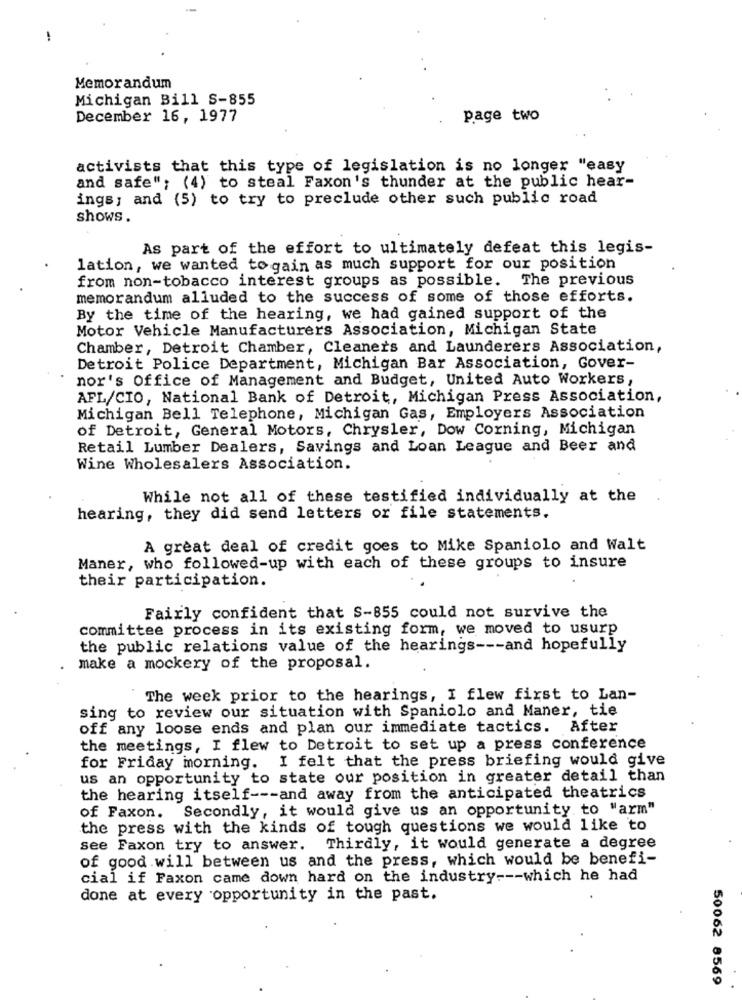
-
Memorandum
Michigan Bill S-855
December 16, 1977
page two
activists that this type of legislation is no longer "easy
and safe"; (4) to steal Faxon's thunder at the public hear-
ings; and (5) to try to preclude other such public road
shows.
As part of the effort to ultimately defeat this legis-
lation, we wanted togain as much support for our position
from non-tobacco interest groups as possible. The previous
memorandum alluded to the success of some of those efforts.
By the time of the hearing, we had gained support of the
Motor Vehicle Manufacturers Association, Michigan State
Chamber, Detroit Chamber, Cleaners and Launderers Association,
Detroit Police Department, Michigan Bar Association, Gover-
nor's Office of Management and Budget, United Auto Workers,
AFL/CIO, National Bank of Detroit, Michigan Press Association,
Michigan Bell Telephone, Michigan Gas, Employers Association
of Detroit, General Motors, Chrysler, Dow Corning, Michigan
Retail Lumber Dealers, Savings and Loan League and Beer and
Wine Wholesalers Association.
While not all of these testified individually at the
hearing, they did send letters or file statements.
A great deal of credit goes to Mike Spaniolo and Walt
Maner, who followed-up with each of these groups to insure
their participation.
Fairly confident that S-855 could not survive the
committee process in its existing form, we moved to usurp
the public relations value of the hearings --- and hopefully
make a mockery of the proposal.
The week prior to the hearings, I flew first to Lan-
sing to review our situation with Spaniolo and Maner, tie
off any loose ends and plan our immediate tactics. After
the meetings, I flew to Detroit to set up a press conference
for Friday morning. I felt that the press briefing would give
us an opportunity to state our position in greater detail than
the hearing itself --- and away from the anticipated theatrics
of Faxon. Secondly, it would give us an opportunity to "arm"
the press with the kinds of tough questions we would like to
see Faxon try to answer. Thirdly, it would generate a degree
of good will between us and the press, which would be benefi-
cial if Faxon came down hard on the industry --- which he had
done at every opportunity in the past.
50062 8569